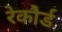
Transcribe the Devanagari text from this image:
रेकौर्ड